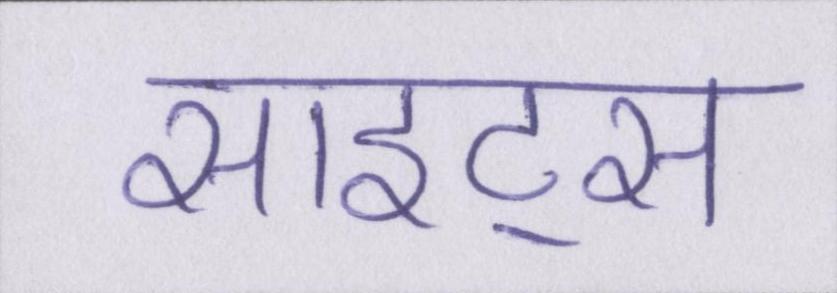
साइट्स